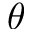
\theta